Calcutta medical institutions reports 1871-78
Year: 1871
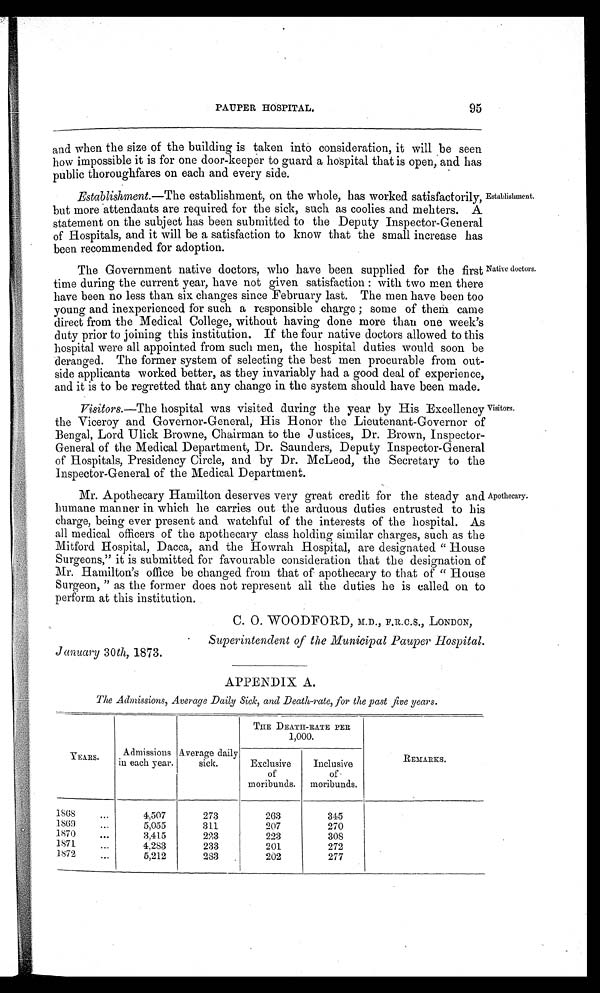
PAUPER HOSPITAL.
95
and when the size of the building is taken into consideration, it will be seen
how impossible it is for one door-keeper to guard a hospital that is open, and has
public thoroughfares on each and every side.
Establishment.—The establishment, on the whole, has worked satisfactorily,
but more attendants are required for the sick, such as coolies and mehters. A
statement on the subject has been submitted to the Deputy Inspector-Genera]
of Hospitals, and it will be a satisfaction to know that the small increase haE
been recommended for adoption.
Establishment.
The Government native doctors, who have been. supplied for the first
time during the current year, have not given satisfaction : with two men there
have been no less than six changes since February last. The men have been too
young and inexperienced for such a responsible charge ; some of them came
direct from the Medical College, without having done more than one week's
duty prior to joining this institution. If the four native doctors allowed to this
hospital were all appointed from such men, the hospital duties would soon be
deranged. The former system of selecting the best men procurable from out-
side applicants worked better, as they invariably had a good deal of experience,
and it is to be regretted that any change in the system should have been made.
Native doctors.
Visitors.—The hospital was visited during the year by His Excellency
the Viceroy and Governor-General, His Honor the Lieutenant-Governor of
Bengal, Lord UliA Browne, Chairman to the Justices, Dr. Brown, Inspector-
General of the Medical Department, Dr. Saunders, Deputy Inspector-General
of Hospitals, Presidency Circle, and by Dr. McLeod, the Secretary to the
Inspector-General of the Medical Department.
Visitors.
Mr. Apothecary Hamilton deserves very great credit for the steady and
humane manner in which he carries out the arduous duties entrusted to his
charge, being ever present and watchful of the interests of the hospital. As
all medical officers of the apothecary class holding similar charges, such as the
Mitford Hospital, Dacca, and the Howrah Hospital, are designated " House
Surgeons," it is submitted for favourable consideration that the designation of
Mr. Hamilton's office be changed from that of apothecary to that of " House
Surgeon, " as the former does not represent all the duties he is called on to
perform at this institution.
Apothecary.
C. 0. WOODFORD, M.D., F.R.C.S., LONDON,
•
Superintendent of the Municipal Pauper Hospital.
J anuary 30th, 1873.
APPENDIX A.
The Admissions, Average Daily Sick, and Death-rate, for the past five years.
YEARS.
Admissions
in each year.
A.verage daily
sick.
THE DEATH-RATE PER
1,000.
REMARKS.
Exclusive
of
moribunds.
Inclusive
of
moribunds.
1868"
'
4,507
273
203
345
1869
5,055
311
207
270
1870
•
• •
3,415
223
993
308
1871
...
4,283
233
201
272
1872
...
5,212
283
202
277